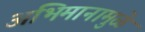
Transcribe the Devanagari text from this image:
अभिमानामुळे